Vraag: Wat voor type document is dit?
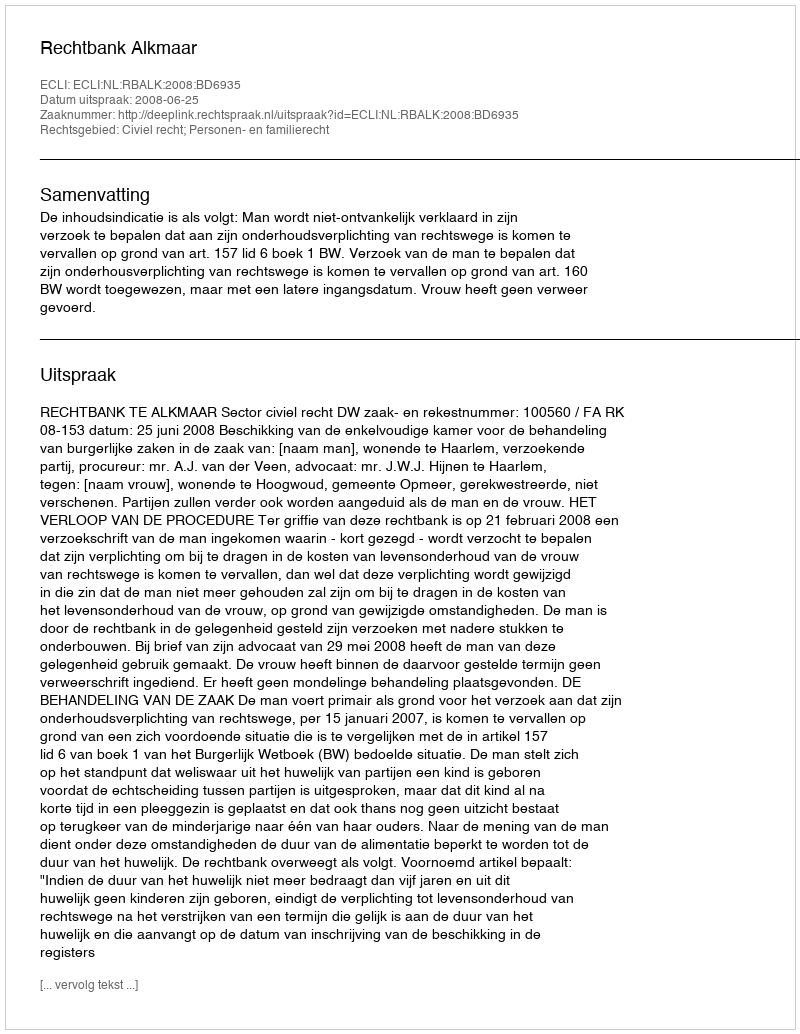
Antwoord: Uitspraak